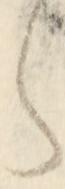
ら